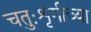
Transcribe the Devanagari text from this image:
चतुःशृंगीच्या